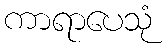
ကာရာပေသုံ